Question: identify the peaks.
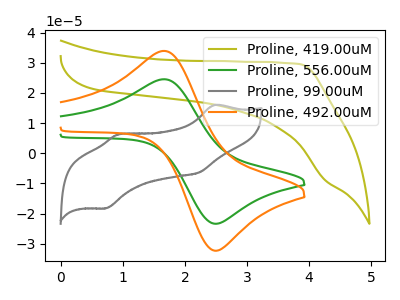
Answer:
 <answer>The olive curve "Proline, 419.00uM" has no peaks. The green curve "Proline, 556.00uM" has an anodic peak at (1.65V, 24.55uA) and a cathodic peak at (2.50V, -23.40uA). The gray curve "Proline, 99.00uM" has anodic peaks at (2.50V, 16.00uA) (0.95V, 6.30uA) and cathodic peaks at (2.25V, -6.30uA) (0.70V, -18.30uA). The orange curve "Proline, 492.00uM" has an anodic peak at (1.65V, 33.95uA) and a cathodic peak at (2.50V, -32.35uA).</answer>
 <eval></eval>